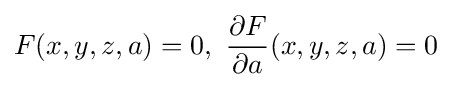
F(x,y,z,a)=0,\,\,{\partial F \over \partial a}(x,y,z,a)=0